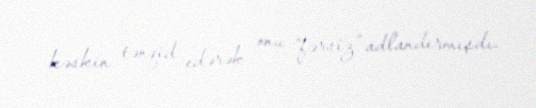
kəskin tənqid edərək onu “fərsiz” adlandırmışdı.